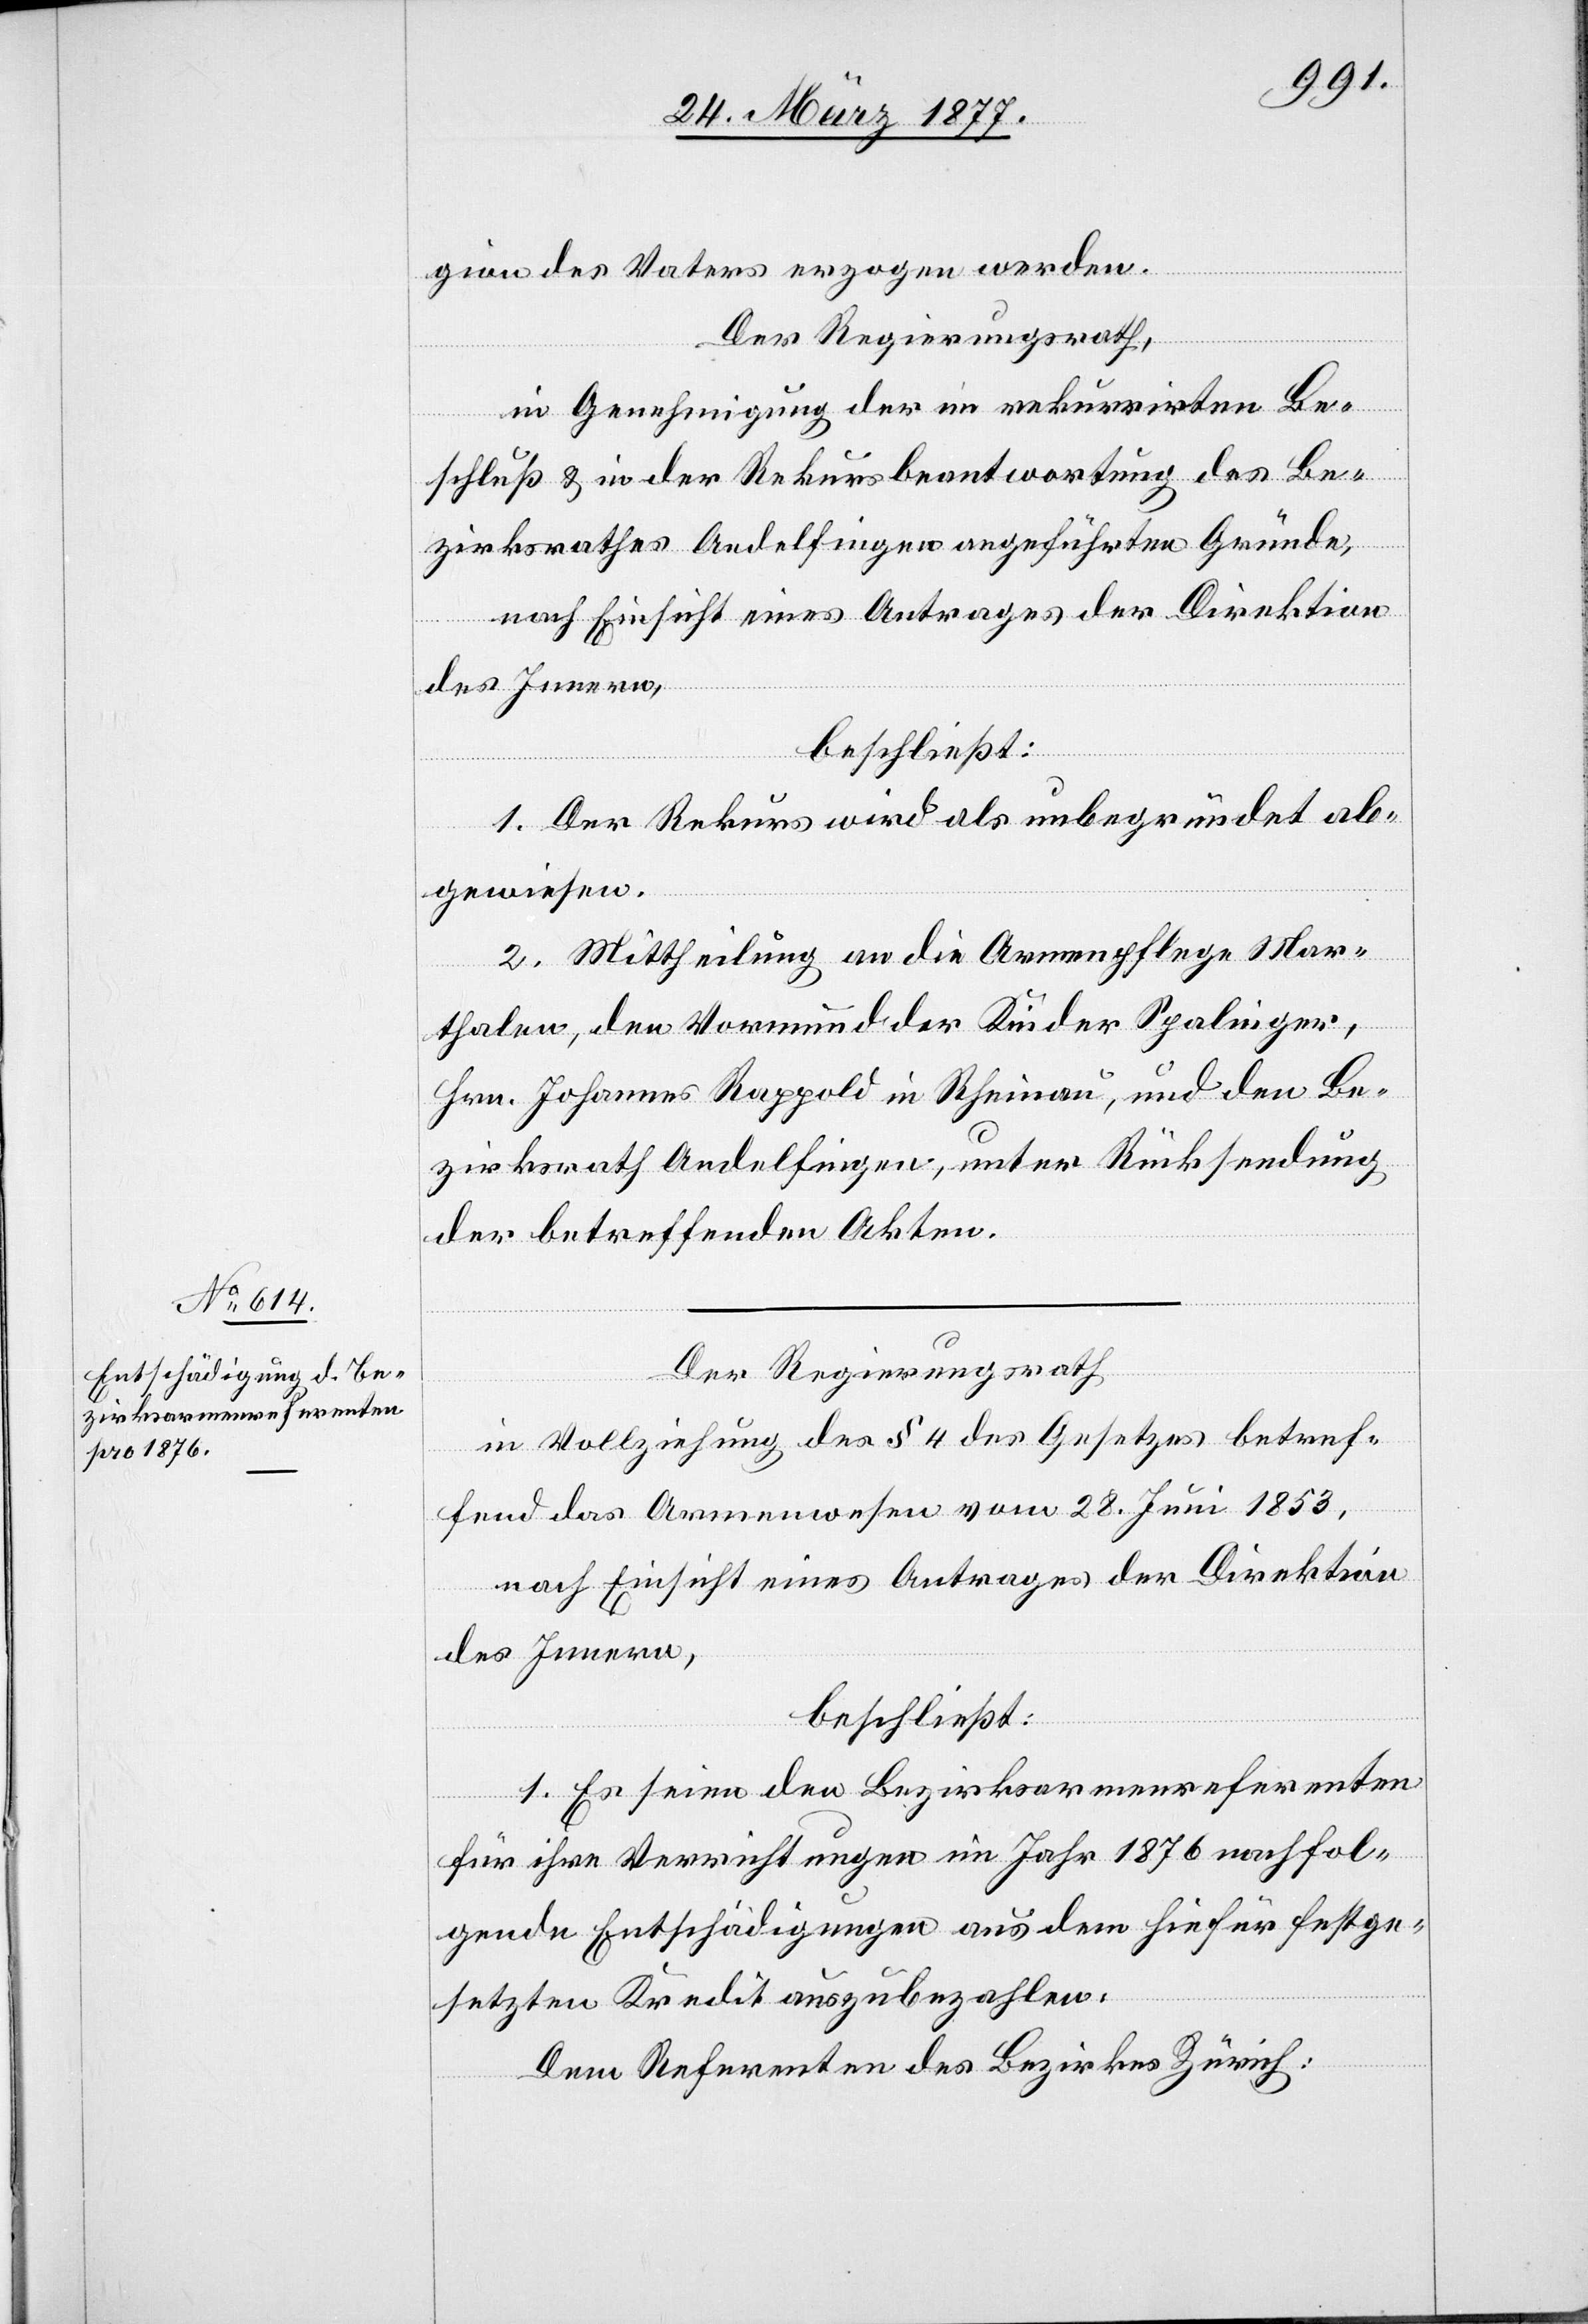
gion des Vaters erzogen werden.
Der Regierungsrath,
in Genehmigung der im rekurrirten Be¬
schluß & in der Rekursbeantwortung des Be¬
zirksrathes Andelfingen angeführten Gründe,
nach Einsicht eines Antrages der Direktion
des Innern,
beschließt:
1. Der Rekurs wird als unbegründet ab¬
gewiesen.
2. Mittheilung an die Armenpflege Mar¬
thalen, den Vormund der Kinder Spalinger,
Hrn. Johannes Rappold in Rheinau, und den Be¬
zirksrath Andelfingen, unter Rücksendung
der betreffenden Akten.
Der Regierungsrath,
in Vollziehung des § 4 des Gesetzes betref¬
fend das Armenwesen vom 28. Juni 1853,
nach Einsicht eines Antrages der Direktion
des Innern,
beschließt:
1. Es seien den Bezirksarmenreferenten
für ihre Verrichtungen im Jahr 1876 nachfol¬
gende Entschädigungen aus dem hiefür festge¬
setzten Kredit auszubezahlen.
Dem Referenten des Bezirkes Zürich: